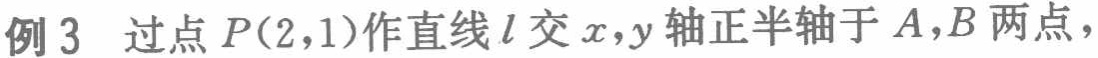
例3 过点\(P(2,1)\)作直线\(l\)交\(x,y\)轴正半轴于\(A,B\)两点，